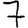
Digit: 7